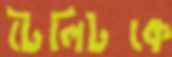
টেলিটকে